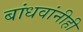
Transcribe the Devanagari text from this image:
बांधवांनीही